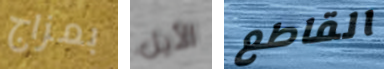
بمزاج الأيل القاطع